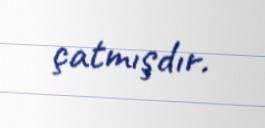
çatmışdır.